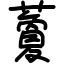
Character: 藑